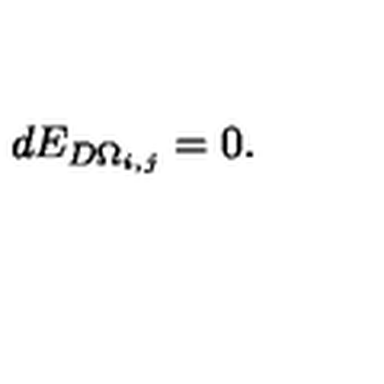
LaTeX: d E _ { D \Omega _ { i , j } } = 0 .